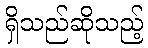
ရှိသည်ဆိုသည့်